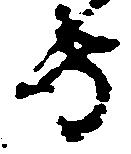
守